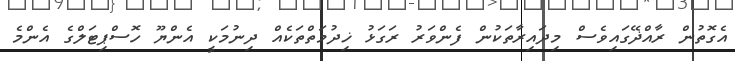
އެގޮތުން ރާއްޛޭގައިވެސް މިދައިރާތަކުން ފެންވަރު ރަގަޅު ޚިދުމަތްތަކެއް ދިނުމަކީ އެންޔޫ ހޮސްޕިޓަލްގެ އެންމެ